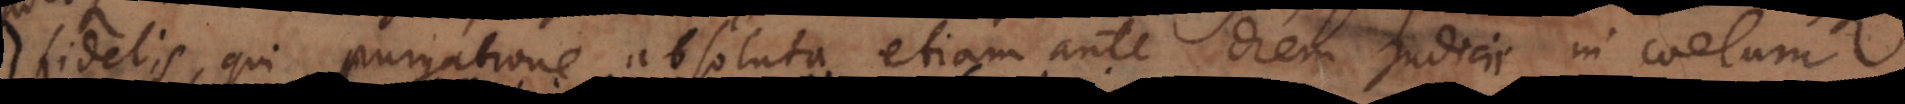
fidelis, qui purgatione absoluta etiam ante diem judicii in coelum